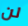
لن